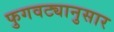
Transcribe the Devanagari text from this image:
फुगवट्यानुसार